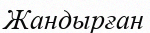
Жандырған